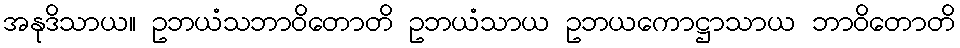
အနုဒိသာယ။ ဥဘယံသဘာဝိတောတိ ဥဘယံသာယ ဥဘယကောဋ္ဌာသာယ ဘာဝိတောတိ